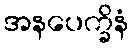
အနပေက္ခိနံ